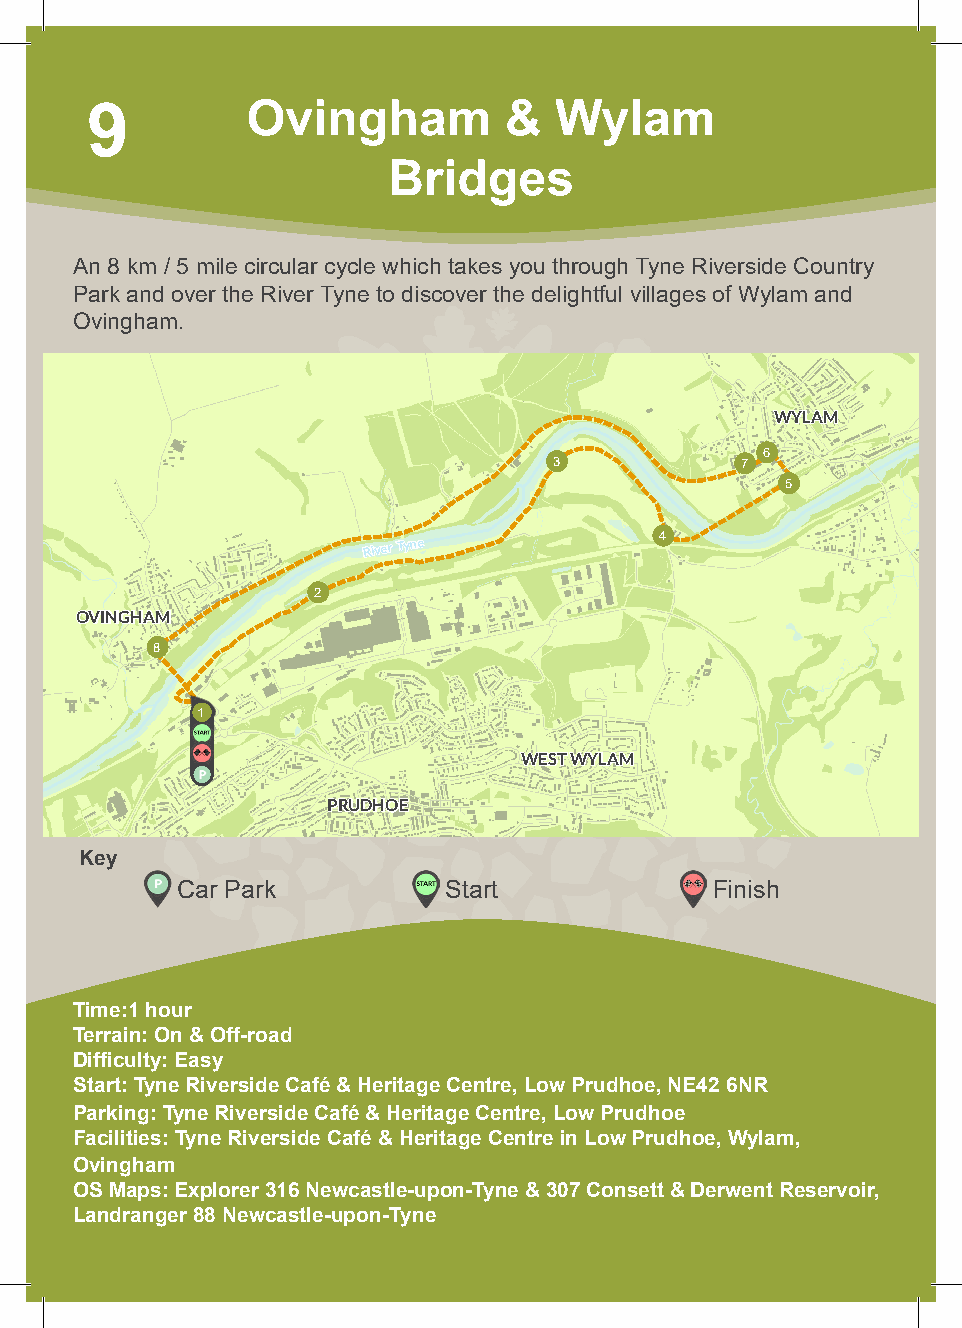
9         Ovingham         &   Wylam
 Bridges
 An 8 km / 5 mile circular cycle which takes you through Tyne Riverside Country
 Park and over the River Tyne to discover the delightful villages of Wylam and
 Ovingham.
 WYLAM
 6
 3           7
 5
 River Tyne          4
 2
 OVINGHAM
 8
 1
 WEST WYLAM
 PRUDHOE
 Key
 Car Park         Start             Finish
 Time:1 hour
 Terrain: On & Off-road
 Difficulty: Easy
 Start: Tyne Riverside Café & Heritage Centre, Low Prudhoe, NE42 6NR
 Parking: Tyne Riverside Café & Heritage Centre, Low Prudhoe
 Facilities: Tyne Riverside Café & Heritage Centre in Low Prudhoe, Wylam,
 Ovingham
 OS Maps: Explorer 316 Newcastle-upon-Tyne & 307 Consett & Derwent Reservoir,
 Landranger 88 Newcastle-upon-Tyne